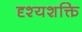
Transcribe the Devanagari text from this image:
दृश्यशक्ति